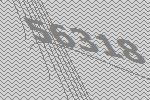
56318